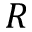
R